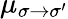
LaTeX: \mu_{\sigma\to\sigma^{\prime}}